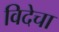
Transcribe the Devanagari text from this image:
विदेचा